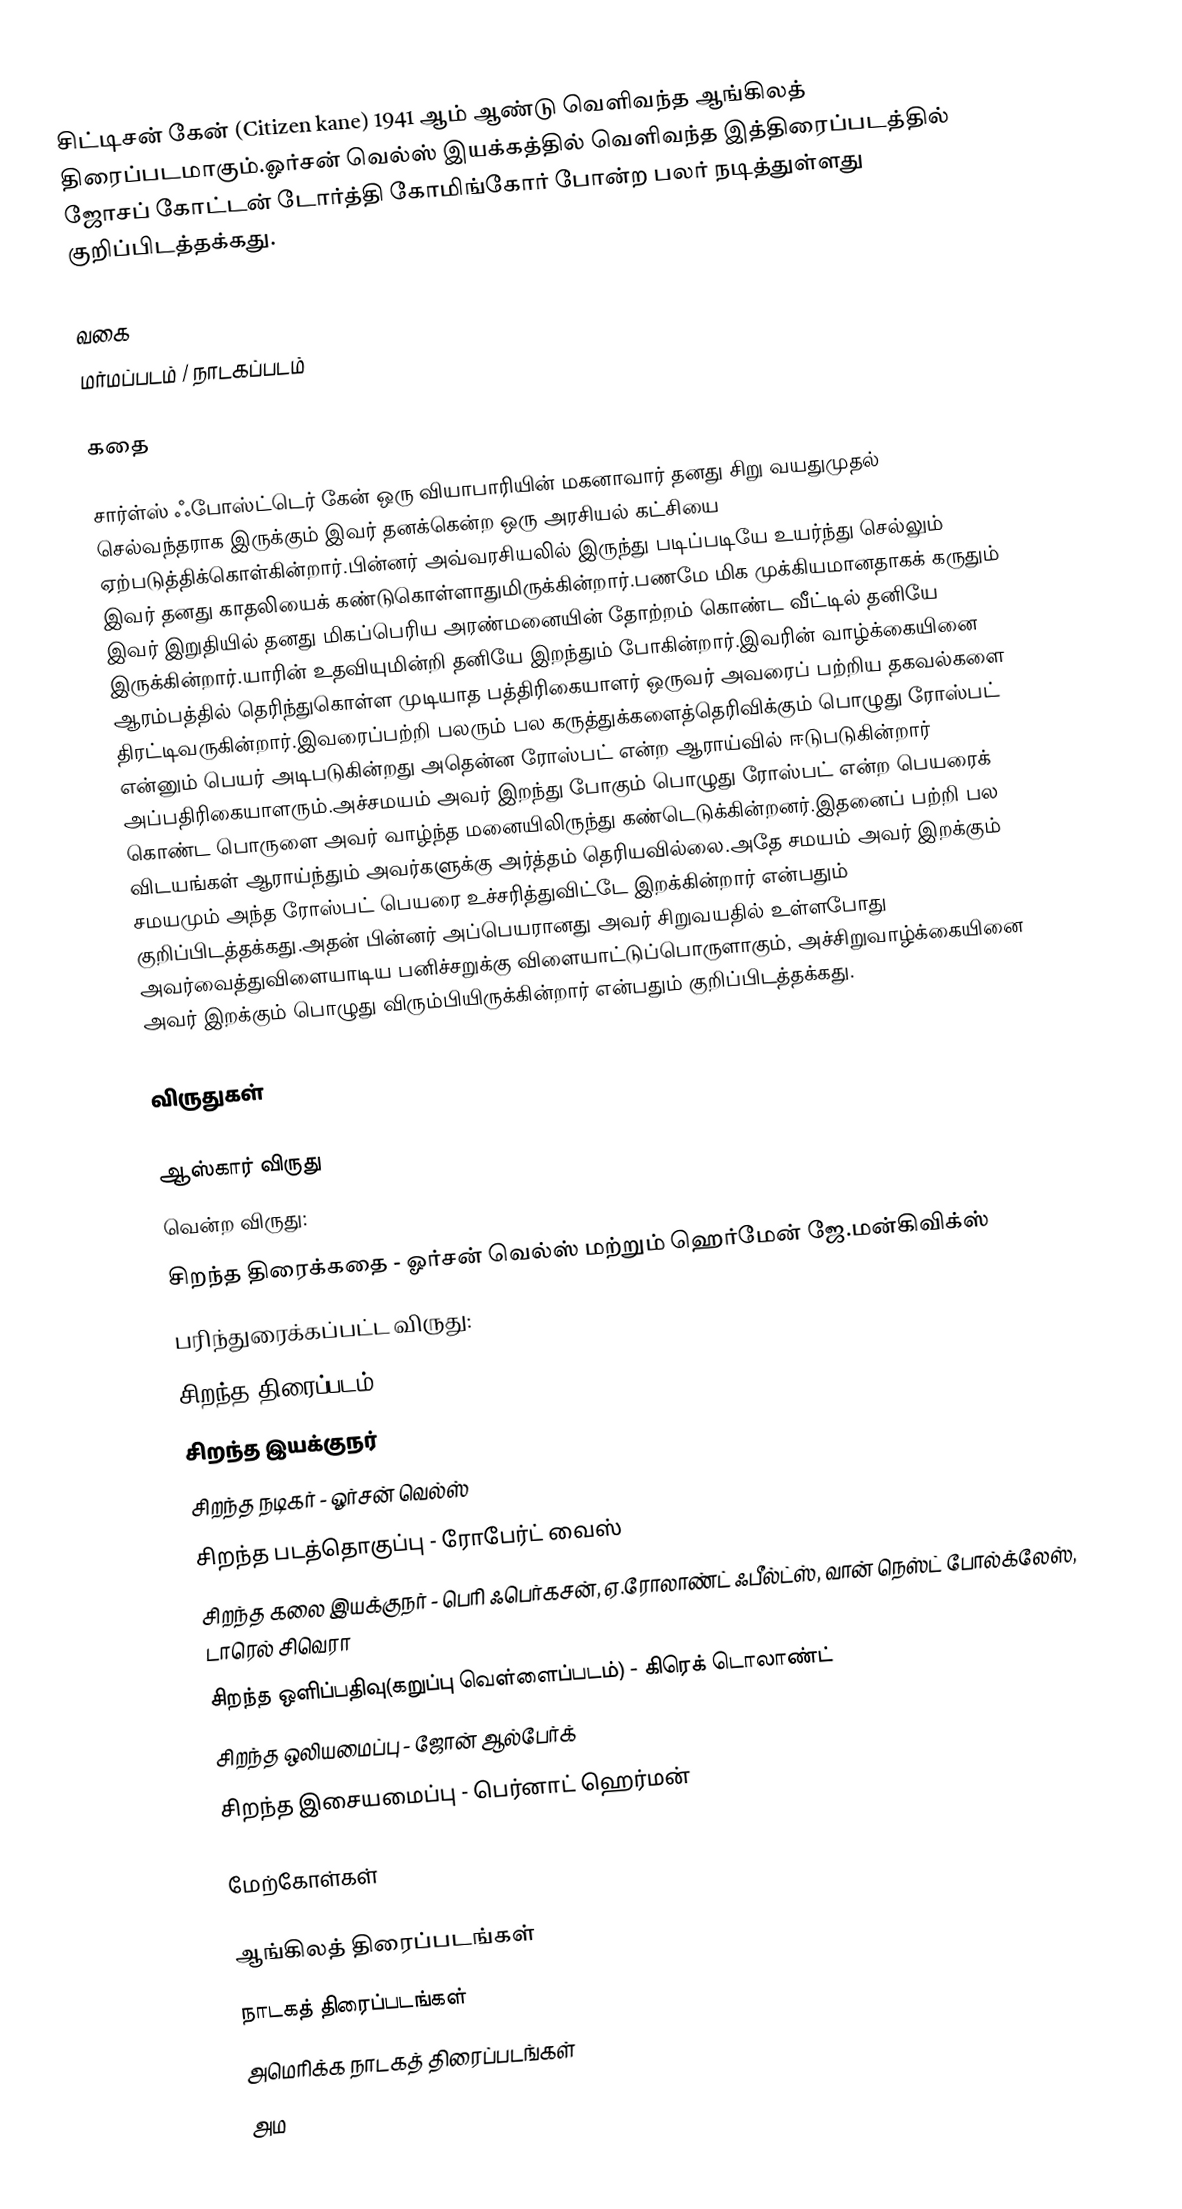
சிட்டிசன் கேன் (Citizen kane) 1941 ஆம் ஆண்டு வெளிவந்த ஆங்கிலத் திரைப்படமாகும்.ஓர்சன் வெல்ஸ் இயக்கத்தில் வெளிவந்த இத்திரைப்படத்தில் ஜோசப் கோட்டன் டோர்த்தி கோமிங்கோர் போன்ற பலர் நடித்துள்ளது குறிப்பிடத்தக்கது.

வகை
மர்மப்படம் / நாடகப்படம்

கதை

சார்ள்ஸ் ஃபோஸ்ட்டெர் கேன் ஒரு வியாபாரியின் மகனாவார் தனது சிறு வயதுமுதல் செல்வந்தராக இருக்கும் இவர் தனக்கென்ற ஒரு அரசியல் கட்சியை ஏற்படுத்திக்கொள்கின்றார்.பின்னர் அவ்வரசியலில் இருந்து படிப்படியே உயர்ந்து செல்லும் இவர் தனது காதலியைக் கண்டுகொள்ளாதுமிருக்கின்றார்.பணமே மிக முக்கியமானதாகக் கருதும் இவர் இறுதியில் தனது மிகப்பெரிய அரண்மனையின் தோற்றம் கொண்ட வீட்டில் தனியே இருக்கின்றார்.யாரின் உதவியுமின்றி தனியே இறந்தும் போகின்றார்.இவரின் வாழ்க்கையினை ஆரம்பத்தில் தெரிந்துகொள்ள முடியாத பத்திரிகையாளர் ஒருவர் அவரைப் பற்றிய தகவல்களை திரட்டிவருகின்றார்.இவரைப்பற்றி பலரும் பல கருத்துக்களைத்தெரிவிக்கும் பொழுது ரோஸ்பட் என்னும் பெயர் அடிபடுகின்றது அதென்ன ரோஸ்பட் என்ற ஆராய்வில் ஈடுபடுகின்றார் அப்பதிரிகையாளரும்.அச்சமயம் அவர் இறந்து போகும் பொழுது ரோஸ்பட் என்ற பெயரைக் கொண்ட பொருளை அவர் வாழ்ந்த மனையிலிருந்து கண்டெடுக்கின்றனர்.இதனைப் பற்றி பல விடயங்கள் ஆராய்ந்தும் அவர்களுக்கு அர்த்தம் தெரியவில்லை.அதே சமயம் அவர் இறக்கும் சமயமும் அந்த ரோஸ்பட் பெயரை உச்சரித்துவிட்டே இறக்கின்றார் என்பதும் குறிப்பிடத்தக்கது.அதன் பின்னர் அப்பெயரானது அவர் சிறுவயதில் உள்ளபோது அவர்வைத்துவிளையாடிய பனிச்சறுக்கு விளையாட்டுப்பொருளாகும், அச்சிறுவாழ்க்கையினை அவர் இறக்கும் பொழுது விரும்பியிருக்கின்றார் என்பதும் குறிப்பிடத்தக்கது.

விருதுகள்

ஆஸ்கார் விருது
வென்ற விருது:
 சிறந்த திரைக்கதை - ஓர்சன் வெல்ஸ் மற்றும் ஹெர்மேன் ஜே.மன்கிவிக்ஸ்
பரிந்துரைக்கப்பட்ட விருது:
 சிறந்த திரைப்படம்
 சிறந்த இயக்குநர்
 சிறந்த நடிகர் - ஓர்சன் வெல்ஸ்
 சிறந்த படத்தொகுப்பு - ரோபேர்ட் வைஸ்
 சிறந்த கலை இயக்குநர் - பெரி ஃபெர்கசன், ஏ.ரோலாண்ட் ஃபீல்ட்ஸ், வான் நெஸ்ட் போல்க்லேஸ், டாரெல் சிவெரா
 சிறந்த ஒளிப்பதிவு(கறுப்பு வெள்ளைப்படம்) - கிரெக் டொலாண்ட்
 சிறந்த ஒலியமைப்பு - ஜோன் ஆல்பேர்க்
 சிறந்த இசையமைப்பு - பெர்னாட் ஹெர்மன்

மேற்கோள்கள்

ஆங்கிலத் திரைப்படங்கள்
நாடகத் திரைப்படங்கள்
அமெரிக்க நாடகத் திரைப்படங்கள்
அம